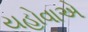
યહોવાએ